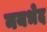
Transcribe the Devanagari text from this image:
नयभेद